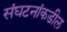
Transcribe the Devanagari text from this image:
संघटनांकडील